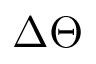
\Delta \Theta